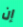
إن